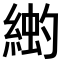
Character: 𫃳